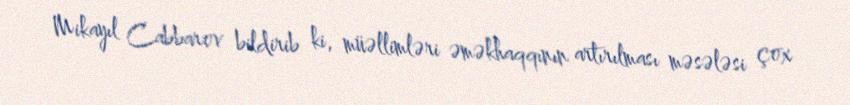
Mikayıl Cabbarov bildirib ki, müəllimləri əməkhaqqının artırılması məsələsi çox